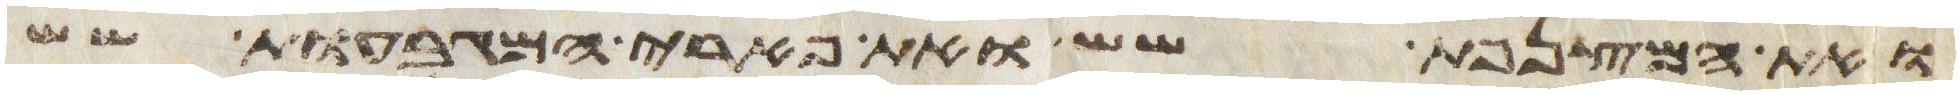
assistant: ואת המצנפת שש ואת פארי המגבעות שש